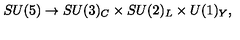
S U ( 5 ) \rightarrow S U ( 3 ) _ { C } \times S U ( 2 ) _ { L } \times U ( 1 ) _ { Y } ,